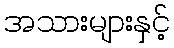
အသားများနှင့်